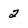
Character: 2